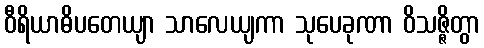
ဝီရိယာဓိပတေယျာ သာလေယျကာ သုပေခုဏာ ဝိသဇ္ဇိတွာ